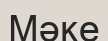
Мәке